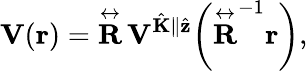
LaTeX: \mathbf{V}(\mathbf{r})=\overset\leftrightarrow{\mathbf{R}}\, \mathbf{V}^{\hat{\mathbf{K}}\parallel\hat{\mathbf{z}}}\bigg(\overset\leftrightarrow{\mathbf{R}}^{-1}\mathbf{r}\bigg),